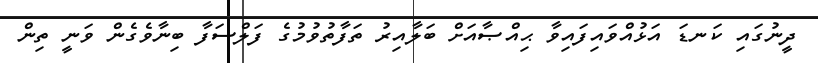
ދީނުގައި ކަނޑަ އަޅުއްވައިފައިވާ ޙިއްޞާއަށް ބަލާއިރު ތަފާތުވުމުގެ ފަލްސަފާ ބިނާވެގެން ވަނީ ތިން